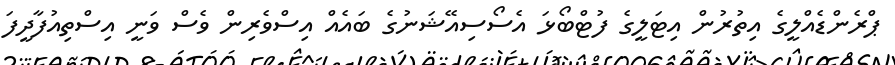
ޕްރެންޑެއްްލީގެ އިތުރުން އިޓަލީގެ ފުޓްބޯޅަ އެސޯސިއޭޝަނުގެ ބައެއް އިސްވެރިން ވެސް ވަނީ އިސްތިއުފާދީފަ